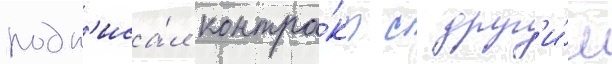
подп'иса́л контра́кт с друг'и́м